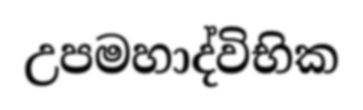
උපමහාද්විභික